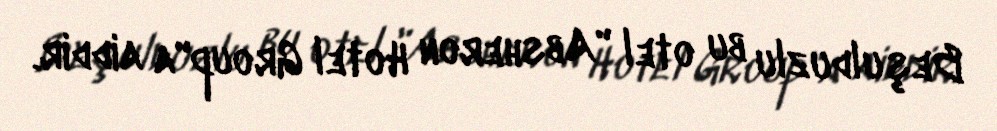
Beşulduzlu bu otel "Absheron Hotel Group"a aiddir.